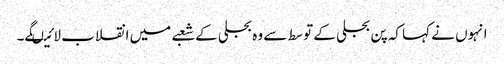
انہوں نے کہا کہ پن بجلی کے توسط سے وہ بجلی کے شعبے میں انقلاب لائیںگے۔